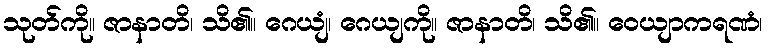
သုတ်ကို။ ဇာနာတိ၊ သိ၏။ ဂေယျံ၊ ဂေယျကို။ ဇာနာတိ၊ သိ၏။ ဝေယျာကရဏံ၊